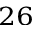
^ { 2 6 }